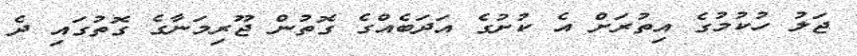
ޖަލު ހުކުމުގެ އިތުރަށް އެ ކުށުގެ އަދަބެއްގެ ގޮތުން ޖޫރިމަނާގެ ގޮތުގައި ދެ